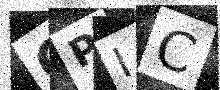
Text: OPIC